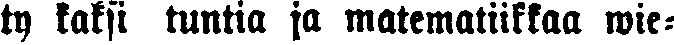
ty kaksi tuntia ja matematiikkaa wie-